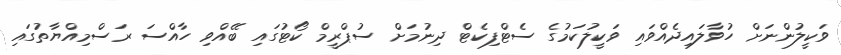
ވަކީލުންނަށް ހުވާލައިދެއްވައި ވަކީލުކަމުގެ ސެޓްފިކެޓް ދިނުމަށް ސުޕްރީމް ކޯޓުގައި ބޭއްވި ހާއްސަ ރަސްމިއްޔާތުގައި